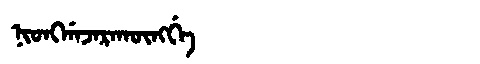
Manchu: ᠨᡳᠣᠩᡤᠠᠵᠠᡵᠠᡴᡡᠩᡤᡝ
Romanization: NIONGGAJARAKŪNGGE